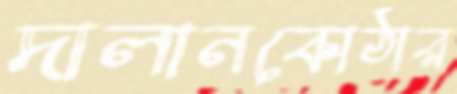
দালানকোঠার